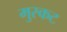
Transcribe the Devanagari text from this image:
मुस्कट